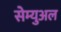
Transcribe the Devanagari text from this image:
सेम्‍युअल